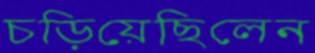
চড়িয়েছিলেন